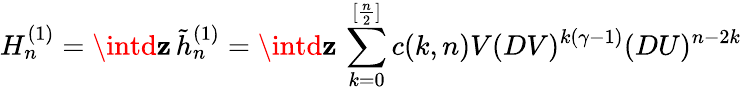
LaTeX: H_{n}^{(1)}=\intd\mathbf{z}\, \tilde{{h}}_{n}^{(1)}=\intd\mathbf{z}\, \sum_{k=0}^{[{\frac{{n}}{{2}}}]}c(k,n)V(DV)^{k(\gamma-1)}(DU)^{n-2k}